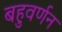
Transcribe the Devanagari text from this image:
बहुवर्णन